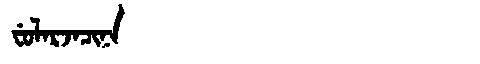
Manchu: ᠸᡠᠯᠠᡵᠵᠠᠴᡳᠨᠠ
Romanization: FULARJACINA